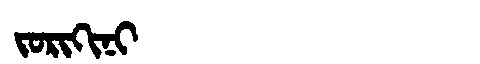
Manchu: ᠵᠣᡵᡳᡴᡳᠨᡳ
Romanization: JORIKINI